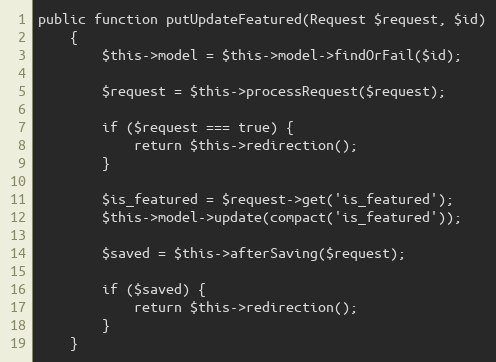
Language: PHP
public function putUpdateFeatured(Request $request, $id)
    {
        $this->model = $this->model->findOrFail($id);

        $request = $this->processRequest($request);

        if ($request === true) {
            return $this->redirection();
        }

        $is_featured = $request->get('is_featured');
        $this->model->update(compact('is_featured'));

        $saved = $this->afterSaving($request);

        if ($saved) {
            return $this->redirection();
        }
    }